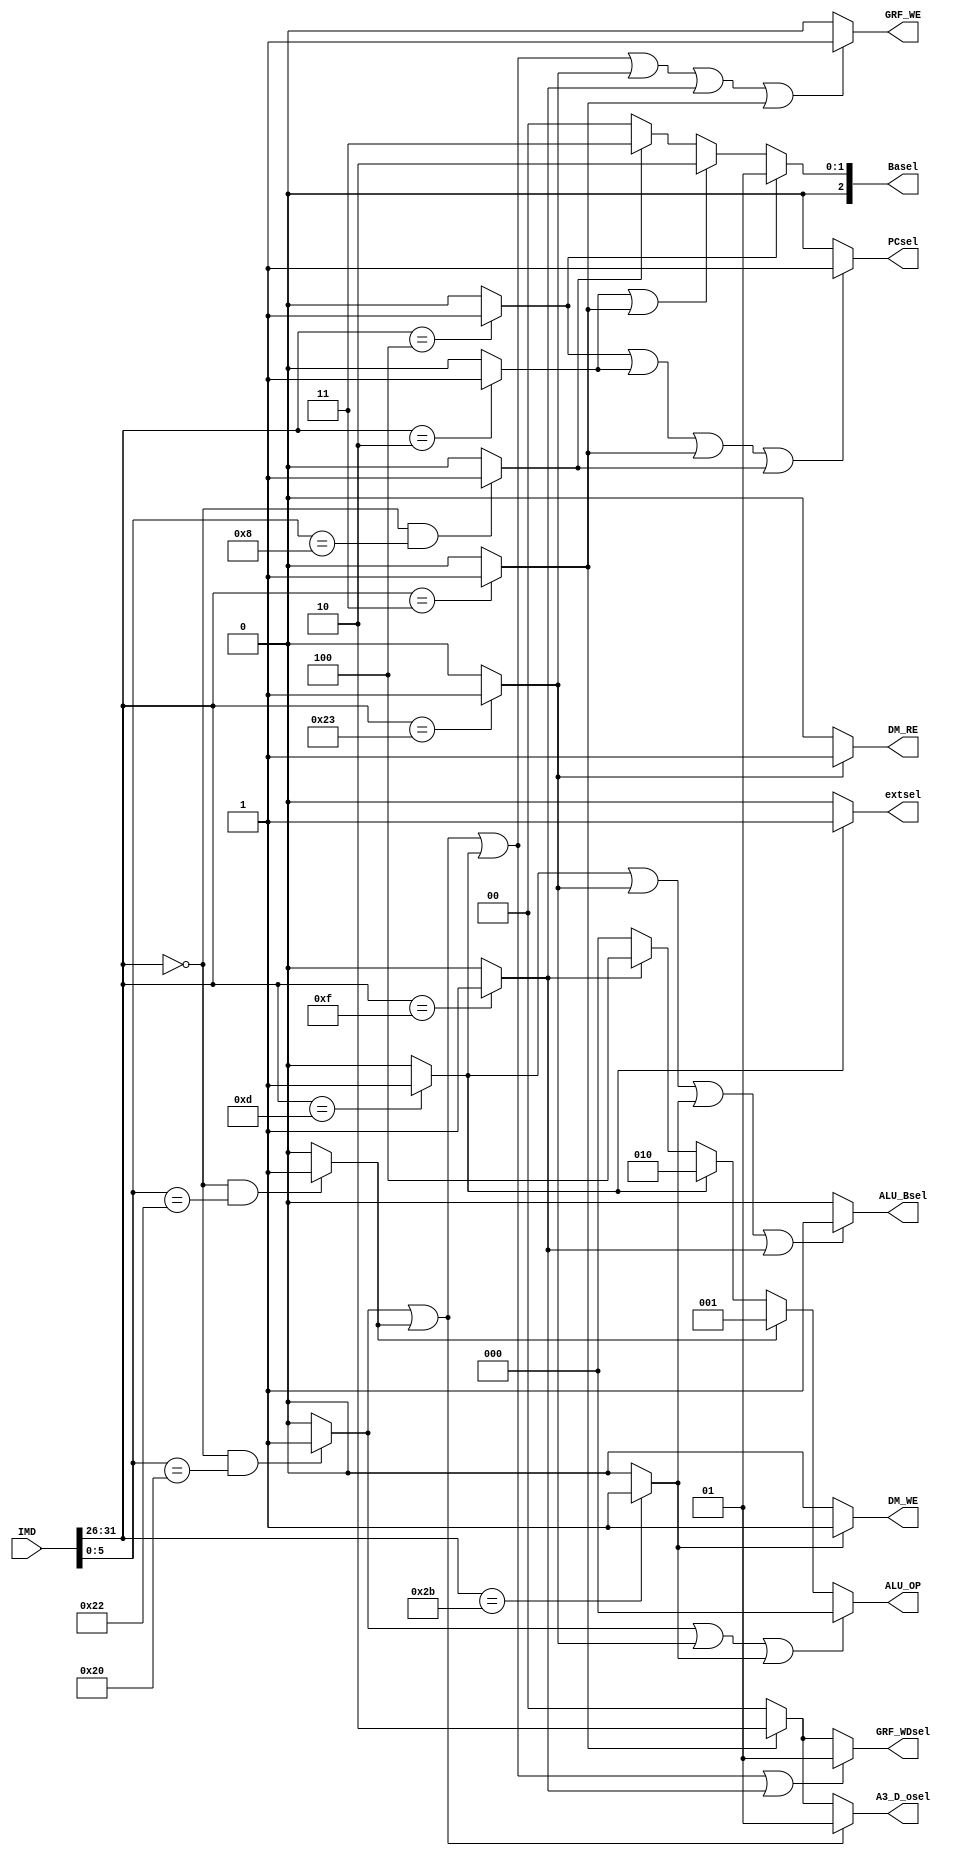
`timescale 1ns / 1ps
//////////////////////////////////////////////////////////////////////////////////
// Company: 
// Engineer: 
// 
// Design Name: 
// Module Name:    Controller 
// Project Name: 
// Target Devices: 
// Tool versions: 
// Description: 
//
// Dependencies: 
//
// Revision: 
// Revision 0.01 - File Created
// Additional Comments: 
//
//////////////////////////////////////////////////////////////////////////////////
module Controller(
    input [31:0] IMD,
	 //controller signal
	 output PCsel,
	        //IFU
	 output [1:0] A3_D_osel,
    output extsel,
    output [2:0] Basel,
	 output GRF_WE,
	        //Decode
	 output [2:0] ALU_OP,
	 output ALU_Bsel,
	        //ALU
	 output DM_WE,
	 output DM_RE,
	        //Memory
	 output [1:0] GRF_WDsel
	        //Write
    );
//Controller
wire add,sub,ori,lw,sw,lui,beq,j,jal,jr;
assign add=(IMD[31:26]==6'b000000 && IMD[5:0]==6'b100000)? 1:0;
assign sub=(IMD[31:26]==6'b000000 && IMD[5:0]==6'b100010)? 1:0;
assign ori=(IMD[31:26]==6'b001101)? 1:0;
assign lw=(IMD[31:26]==6'b100011)? 1:0;
assign sw=(IMD[31:26]==6'b101011)? 1:0;
assign lui=(IMD[31:26]==6'b001111)? 1:0;
assign beq=(IMD[31:26]==6'b000100)? 1:0;
assign j=(IMD[31:26]==6'b000010)? 1:0;
assign jal=(IMD[31:26]==6'b000011)? 1:0;
assign jr=(IMD[31:26]==6'b000000 && IMD[5:0]==6'b001000)? 1:0;

assign PCsel=(beq|j|jal|jr)? 1:0;
assign GRF_WE=(add|sub|ori|lw|lui|jal)? 1:0;
assign ALU_OP=(add|lw|sw)? 3'b000:
              (sub)? 3'b001:
				  (ori)? 3'b010:
				  (lui)? 3'b100:3'b000;
assign DM_WE=(sw)? 1:0;
assign DM_RE=(lw)? 1:0;
assign A3_D_osel=(add|sub)? 2'b01:
                 (jal)? 2'b10:2'b00;
assign GRF_WDsel=(add|sub|ori|lui)? 2'b01:
                 (jal)? 2'b10:2'b00;
assign ALU_Bsel=(ori|lw|sw|lui)? 1:0;
assign Basel=(beq)? 3'b001:
             (j|jal)? 3'b010:
				 (jr)? 3'b011:3'b000;
assign extsel=(ori)?1:0;//1-zero;0-sign

endmodule